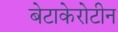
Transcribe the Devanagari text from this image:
बेटाकेरोटीन